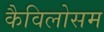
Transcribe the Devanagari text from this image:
कैविलोसम